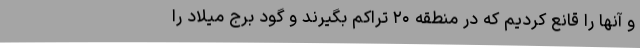
و آنها را قانع کردیم که در منطقه ۲۰ تراکم بگیرند و گود برج میلاد را